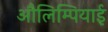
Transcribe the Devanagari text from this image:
औलिम्पियाई